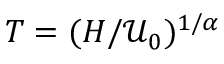
T = ( H / \mathcal { U } _ { 0 } ) ^ { 1 / \alpha }